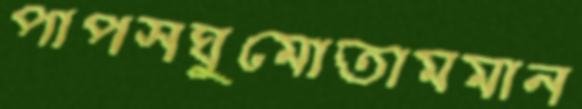
পাপসঘুমোতামমান